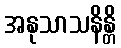
အနုသာသနိန္တိ